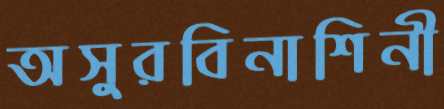
অসুরবিনাশিনী